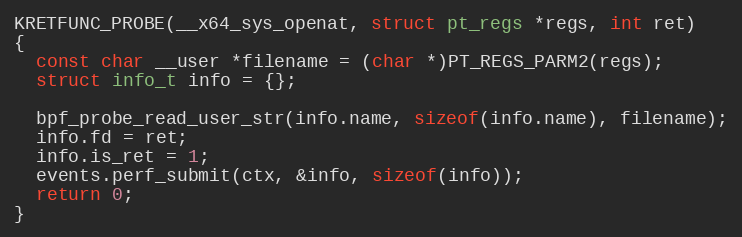
Language: C++
KRETFUNC_PROBE(__x64_sys_openat, struct pt_regs *regs, int ret)
{
  const char __user *filename = (char *)PT_REGS_PARM2(regs);
  struct info_t info = {};

  bpf_probe_read_user_str(info.name, sizeof(info.name), filename);
  info.fd = ret;
  info.is_ret = 1;
  events.perf_submit(ctx, &info, sizeof(info));
  return 0;
}